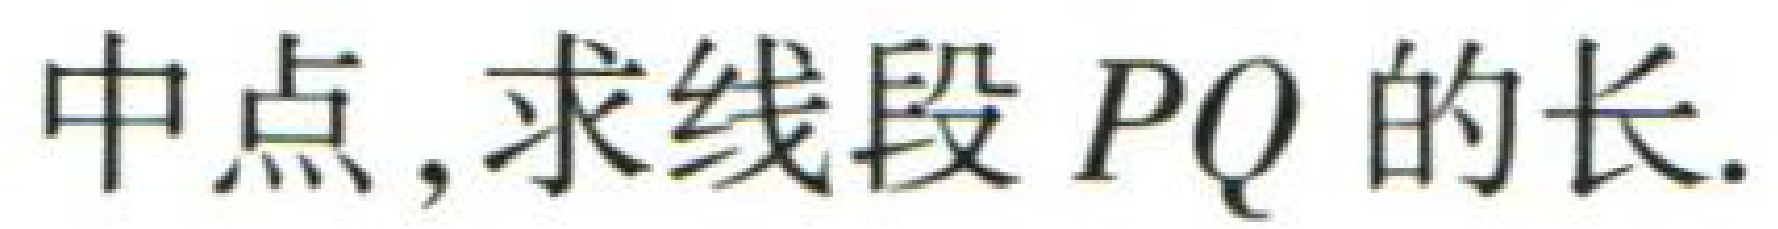
中点,求线段 \(PQ\) 的长.